Leaving Certificate Examination, 1905
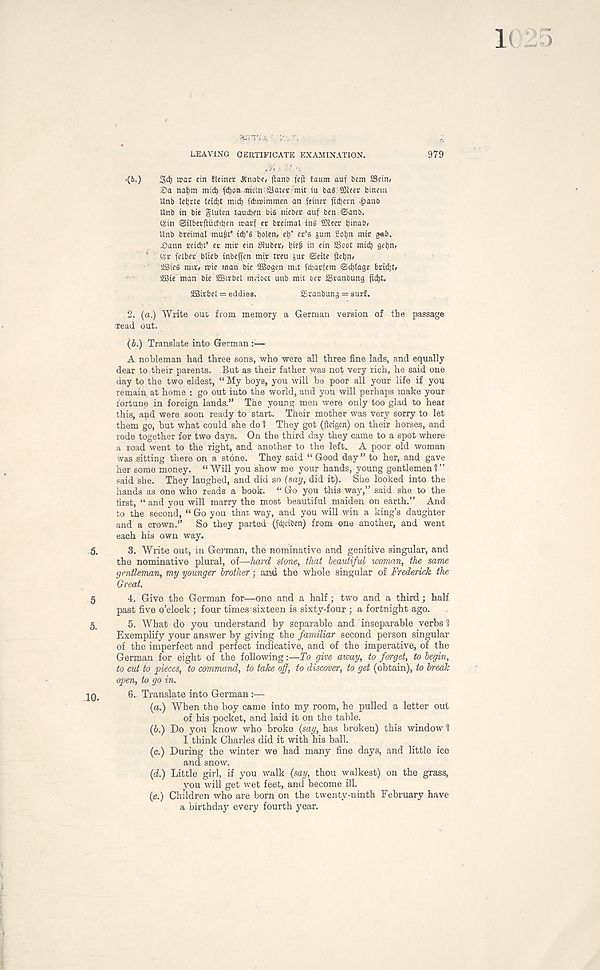
LEAVING 0 ERTIFICATE EXAMINATION.
979
<(&.)
3d) was etn flcincr Jtnabe, ftano feft laum auf bem 23ein,
®a natjm mi(^ fd)OB.,*teln:SlaKC r mit iu baS SKcer binem
Unb le^jrte leidjt mt(^ fcbroimmen an feinec ftdjern
Unb in bie gluten tauten bis nieber auf ben @anb.
(Sin @ilberf:uclct)en rcarf ec breimal ins iKeer binabf
Unb breimal muff id)’S t)olen» ei)’ «’s jum go^n mir g*S.
Sann reicb’.’ er mtr ein Slube^ biff in ein SSoot mis^ gebn,
' (Sr fclber blieb inbejfen mit treu jur ©eite fietjn/
aBieS mir, trie man bie SSBogen mit fcbarfem ©d)lage brid)t/
'Me man bie Mr bet nuibet unb mi: bet SSranbung ftd)t.
SBirbel = eddies.
Sranbung = surf.
2. (a.) Write out from memory a German version of the passage
•read out.
(b.) Translate into German :■—
A nobleman had three sons, who were all three fine lads, and equally
dear to their parents. But as their father was not very rich, he said one
day to the two eldest, “ My boys, you will be poor all your life if you
remain at home : go out into the world, and you will perhaps make your
fortune in foreign lands.” The young men were only too glad to hear
this, and were soon ready to start. Their mother was very sorry to let
them gOj but what could she do 1 They got ((leigen) on their horses, and
rode together for two days. On the third day they came to a spot where
a road went to the right, and another to the left.. A poor old woman
was sitting there on a stone. They said “ Good day ” to her, and gave
her some money. “Will you show me your hands, young gentlemen?”
said she. They laughed, and did so (say, did it). She looked into the
hands as one who reads a book. “ Go you this way,” said she to the
first, “ and you will marry the most beautiful maiden on earth.” And
to the second, “ Go you that way, and you will win a king’s daughter
and a crown.” So they parted (fdjciben) from one another, and went
each his own way,
3. Write out, in German, the nominative and genitive singular, and
the nominative plural, of—hard stone, that beautiful woman, the same
gentleman, my younger brother; and the whole singular of Frederick the
Great.
4. Give the German for—one and a half; two and a third; half
past five o’clock ; four times sixteen is sixty-four ; a fortnight ago.
5. What do you understand by separable and inseparable verbs ?
Exemplify your answer by giving the familiar second person singular
of the imperfect and perfect indicative, and of the imperative, of the
German for eight of the following:—To give away, to forget, to begin,
to cut to pieces, to command, to take off, to discover, to get (obtain), to break
open, to go in.
6.. Translate into German:—
(a.) When the boy came into my room, he pulled a letter out
of his pocket, and laid it on the table.
(6.) Do you know who broke (say, has broken) this window ?
I think Charles did it with his ball.
(c.) During the winter we had many fine days, and little ice
and snow.
(d.) Little girl, if you walk (say, thou walkest) on the grass,
you will get wet feet, and become ill.
(e.) Children who are born on the twenty-ninth February have
a birthday every fourth year.